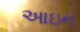
આઇન